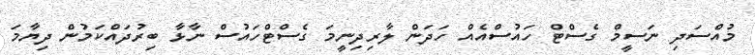
މުއްސަދި ނަސީމް ގެސްޓް ހައުސްއެއް ހަދަން ލާރިދިނީމަ ގެސްޓްހައުސް ނާޅާ ބިރުދައްކަމުން ދިޔާމަ